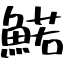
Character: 鰙